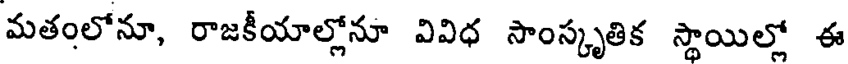
మతంలోనూ, రాజకీయాల్లోనూ వివిధ సాంస్కృతిక స్థాయిల్లో ఈ